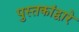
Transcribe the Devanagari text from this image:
पुस्तकांद्वारे